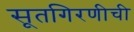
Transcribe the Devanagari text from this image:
सूतगिरणीची